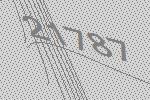
21787